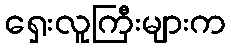
ရှေးလူကြီးများက